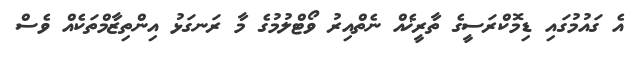
އެ ގައުމުގައި ޑިމޮކްރަސީގެ ތާރީޚެއް ނެތްއިރު ވޯޓްލުމުގެ މާ ރަނގަޅު އިންތިޒާމްތަކެއް ވެސް